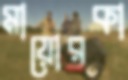
মায়োরকা